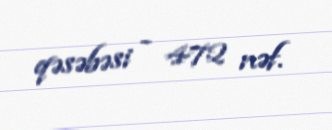
qəsəbəsi - 472 nəf.